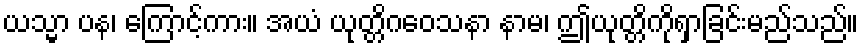
ယသ္မာ ပန၊ ကြောင့်ကား။ အယံ ယုတ္တိဂဝေသနာ နာမ၊ ဤယုတ္တိကိုရှာခြင်းမည်သည်။